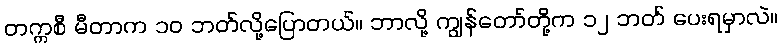
တက္ကစီ မီတာက ၁၀ ဘတ်လို့ပြောတယ်။ ဘာလို့ ကျွန်တော်တို့က ၁၂ ဘတ် ပေးရမှာလဲ။